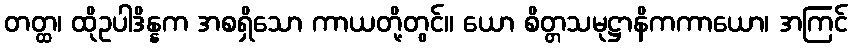
တတ္ထ၊ ထိုဥပါဒိန္နက အစရှိသော ကာယတို့တွင်။ ယော စိတ္တသမုဋ္ဌာနိကကာယော၊ အကြင်